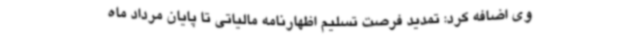
وی اضافه کرد: تمدید فرصت تسلیم اظهارنامه مالیاتی تا پایان مرداد ماه